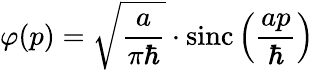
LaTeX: \varphi(p)={\sqrt{\frac{a}{\pi\hbar}}}\cdot\operatorname{sinc}\left({\frac{ap}{\hbar}}\right)